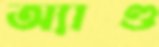
অ্যাণ্ড